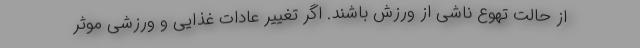
از حالت تهوع ناشی از ورزش باشند. اگر تغییر عادات غذایی و ورزشی موثر